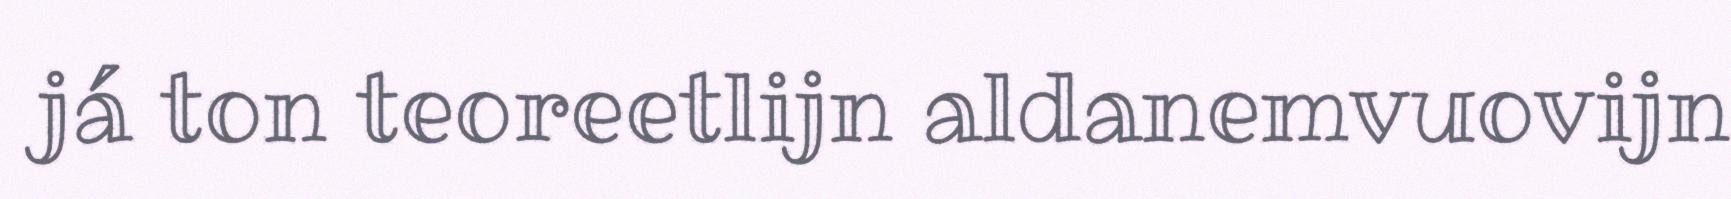
já ton teoreetlijn aldanemvuovijn